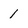
Character: 1